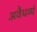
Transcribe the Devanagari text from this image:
अवैधव्यं